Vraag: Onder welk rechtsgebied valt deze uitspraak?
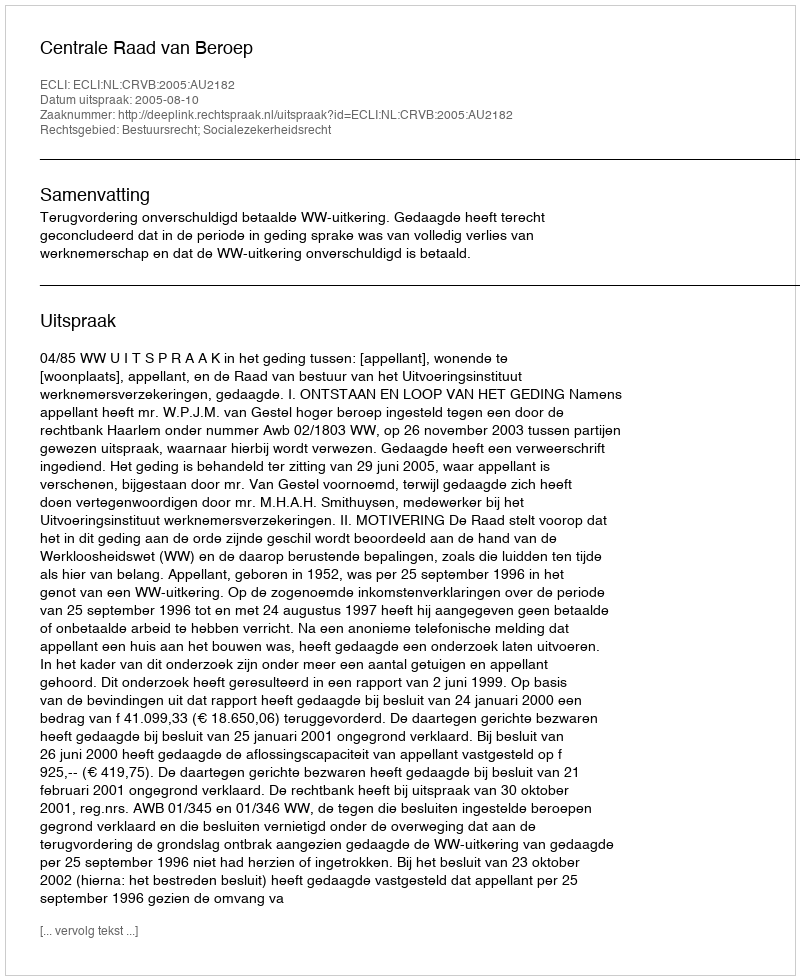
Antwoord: Bestuursrecht; Socialezekerheidsrecht